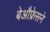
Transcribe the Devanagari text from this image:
बेऔफ्रेसने